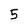
Character: 5